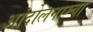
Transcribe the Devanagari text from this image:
आंदोलनाम्चा